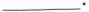
___.